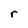
Character: r